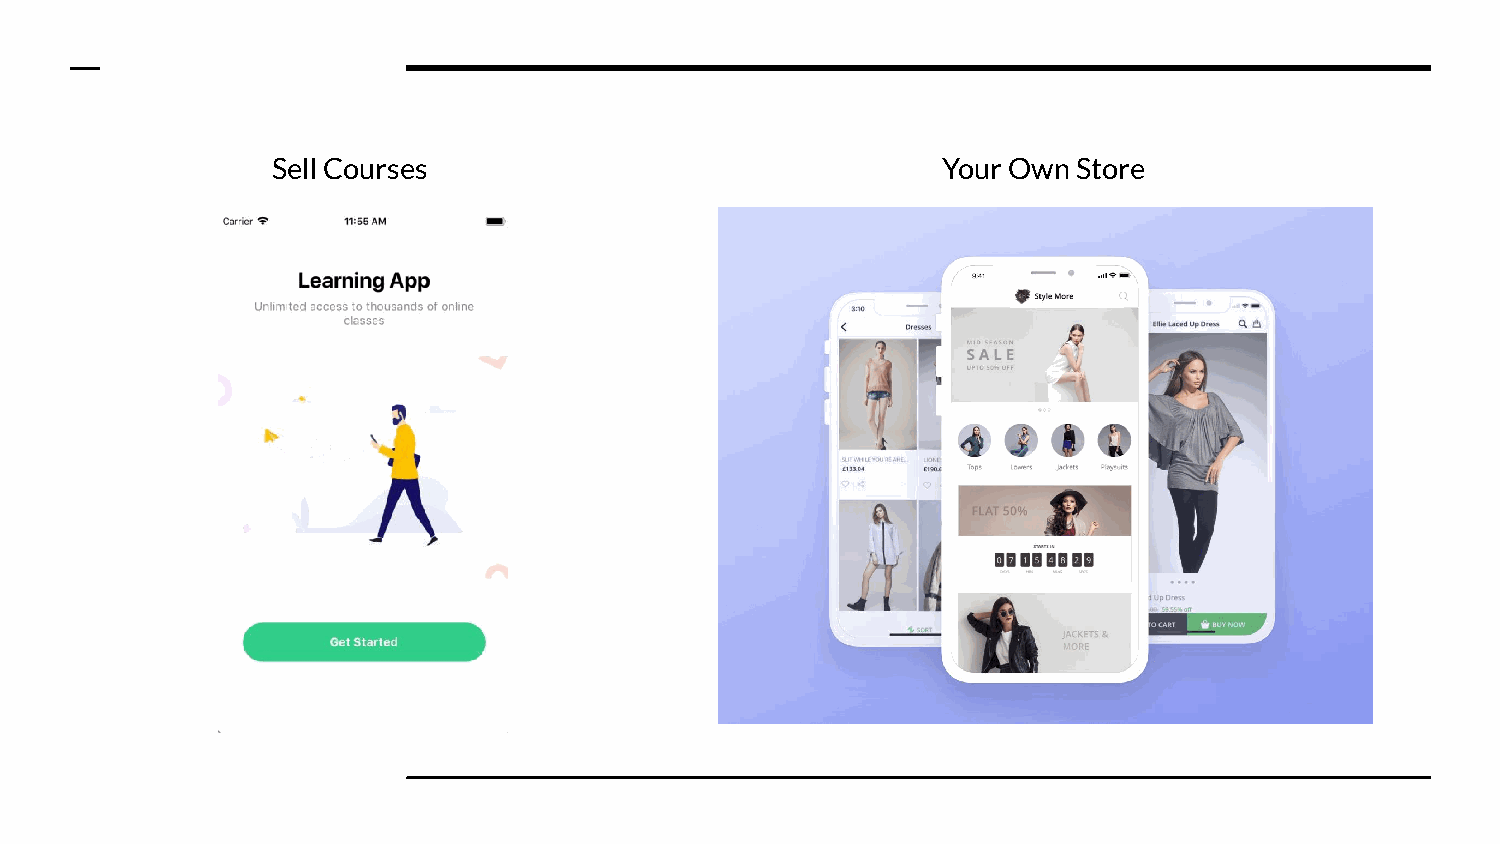
Sell Courses                                Your Own Store